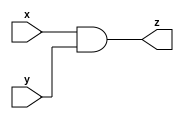
module S(x,y,z);
 input [4:0] x,y;
 output [4:0] z;

 assign z = x & y;
endmodule


module M(e,f,g);
 input [4:0] e,f;
 output [4:0] g;
 wire [4:0] h;
 wire [4:0] i;

 S s1(e,f,i);
 assign h= f | i;

 S s2(e,h,g);
endmodule

module hierarchyVector(a, b, c);
 input [4:0] a,b;
 output [4:0] c;
 wire [4:0] d;

 M m1(a,b,d);
 M m2(a,d,c);
endmodule